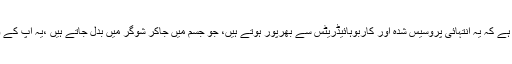
ڈائٹ غذاؤں کے ساتھ مسئلہ یہ ہوتا ہے کہ یہ انتہائی پروسیس شدہ اور کاربوہائیڈریٹس سے بھرپور ہوتے ہیں، جو جسم میں جاکر شوگر میں بدل جاتے ہیں ،یہ آپ کے وزن میں اضافے کا باعث بنتی ہے۔